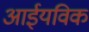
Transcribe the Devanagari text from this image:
आईयविक